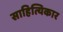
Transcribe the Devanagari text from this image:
साहित्यिकार